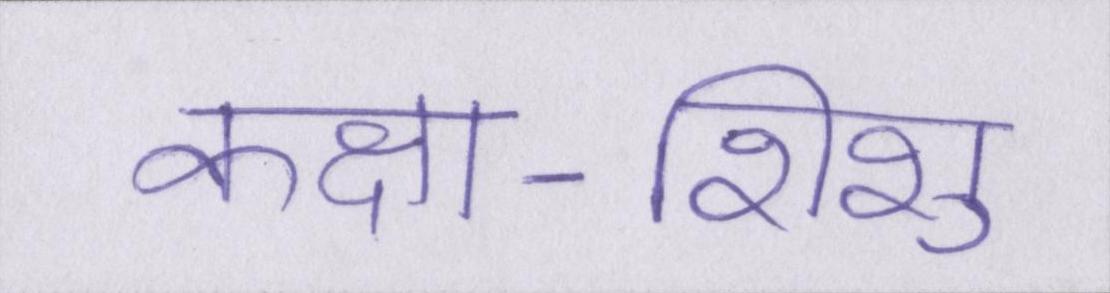
कक्षा-शिशु